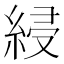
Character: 綅